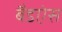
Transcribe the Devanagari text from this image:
बैडऐस